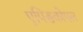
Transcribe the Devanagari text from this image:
एपिसकोपल